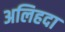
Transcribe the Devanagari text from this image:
अलिहदा